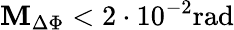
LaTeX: \mathbf{M}_{\Delta\Phi}<2\cdot10^{-2}\mathrm{{rad}}